Indian journal of veterinary science and animal husbandry - Volume 12,
Year: 1942
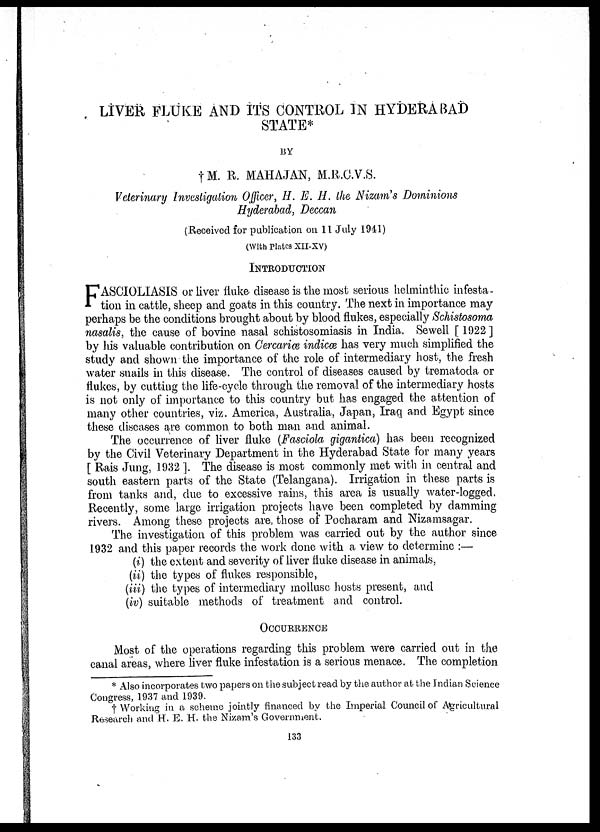
LIVER FLUKE AND ITS CONTROL IN HYDERABAD
STATE*
BY
† M. R. MAHAJAN, M.R.C.V.S.
Veterinary Investigation Officer, H. E. H. the Nizam's Dominions
Hyderabad, Deccan
(Received for publication on 11 July 1941)
(With Plates XII-XV)
INTRODUCTION
F ASCIOLIASIS or liver fluke- disease is the most serious helminthic infesta-
tion in cattle, sheep and goats in this country. The next in importance may
perhaps be the conditions brought about by blood flukes, especially Schistosoma
nasalis, the cause of bovine nasal schistosomiasis in India. Sewell [ 1922 ]
by his valuable contribution on Cercariæ indicæ has very much simplified the
study and shown the importance of the role of intermediary host, the fresh
water snails in this disease. The control of diseases caused by trematoda or
flukes, by cutting the life-cycle through the removal of the intermediary hosts
is not only of importance to this country but has engaged the attention of
many other countries, viz. America, Australia, Japan, Iraq and Egypt since
these diseases are common to both man and animal.
The occurrence of liver fluke (Fasciola gigantica) has been recognized
by the Civil Veterinary Department in the Hyderabad State for many years
[ Rais Jung, 1932 ]. The disease is most commonly met with in central and
south eastern parts of the State (Telangana). Irrigation in these parts is
from tanks and, due to excessive rains, this area is usually water-logged.
Recently, some large irrigation projects have been completed by damming
rivers. Among these projects are those of Pocharam and Nizamsagar.
The investigation of this problem was carried out by the author since
1932 and this paper records the work done with a view to determine :—
(i) the extent and severity of liver fluke disease in animals,
(ii) the types of flukes responsible,
(iii) the types of intermediary mollusc hosts present, and
(iv) suitable methods of treatment and control.
OCCURRENCE
Most of the operations regarding this problem were carried out in the
canal areas, where liver fluke infestation is a serious menace. The completion
* Also incorporates two papers on the subject read by the author at the Indian Science
Congress, 1937 and 1939.
† Working in a scheme jointly financed by the Imperial Council of Agricultural
Research and H. E. H. the Nizam's Government.
133